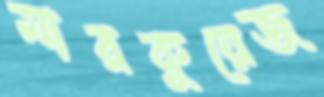
মারকুয়েজ